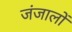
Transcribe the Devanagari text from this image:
जंजालों